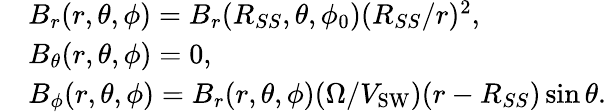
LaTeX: \begin{array}{rl}&{B_{r}(r,\theta,\phi)=B_{r}(R_{SS},\theta,\phi_{0})(R_{SS}/r)^{2},}\\ &{B_{\theta}(r,\theta,\phi)=0,}\\ &{B_{\phi}(r,\theta,\phi)=B_{r}(r,\theta,\phi)(\Omega/V_{\mathrm{SW}})(r-R_{SS})\sin\theta.}\end{array}